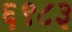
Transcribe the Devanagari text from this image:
६९८३